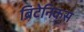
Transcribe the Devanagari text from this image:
ब्रिटेनिकस